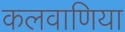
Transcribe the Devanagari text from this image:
कलवाणिया